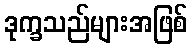
ဒုက္ခသည်များအဖြစ်